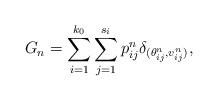
LaTeX: \begin{align*}G_{n}=\mathop {\sum }\limits_{i=1}^{k_{0}}{\mathop {\sum }\limits_{j=1}^{s_{i}}{p_{ij}^{n}\delta_{(\theta_{ij}^{n},v_{ij}^{n})}}},\end{align*}